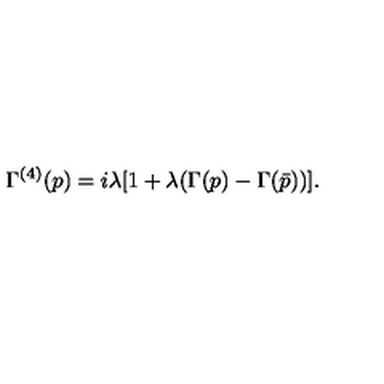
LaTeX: \Gamma ^ { ( 4 ) } ( p ) = i \lambda [ 1 + \lambda ( \Gamma ( p ) - \Gamma ( \bar { p } ) ) ] .